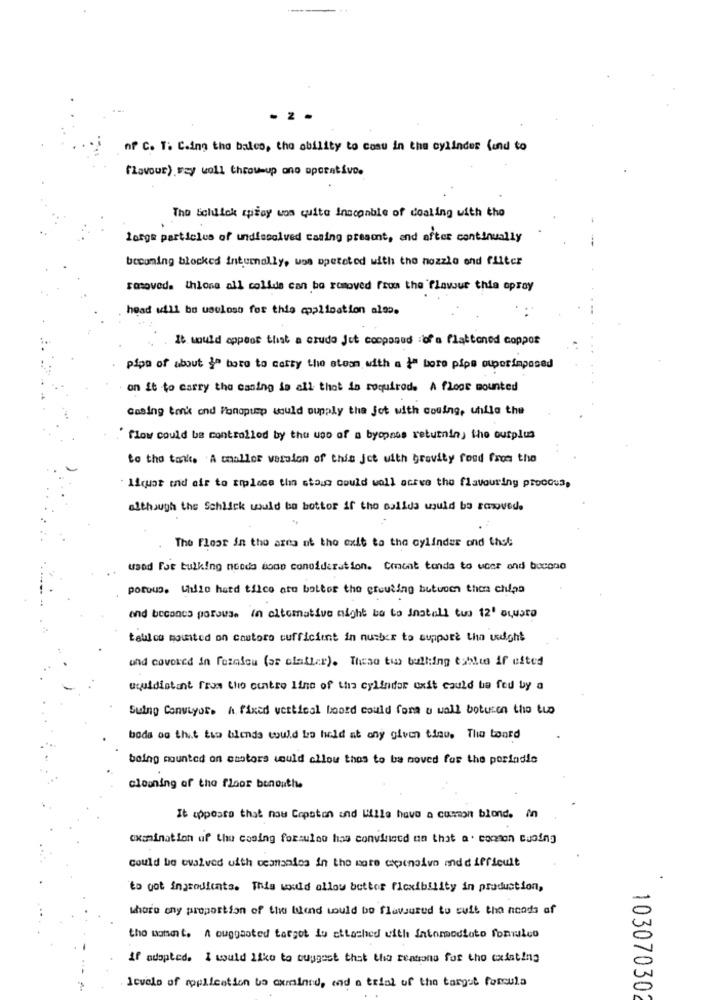
nº C. T. C.ing the bales, the ability to cosu in the cylinder (and to
flavour) ray woll throw-up ono operativo.
The Schick spray was quite Insconble of dealing with the
large particles of undissolved casing present, and after continually
becoming blocked inturally, was opetsted with the nozzle end filter
rosoved. thione all collde can be removed from the flavour thia opray
head will be usuloss for this application also.
It would appear that a crudo Jet coopanud :of a flattened coppor
pipa of about ¿" boro to carty tho ates with a {" bore pipe ouporimposed
on it to carry the easing is all that is required. A floor mounted
casing tenis and Ponopump would supply the jot with cosing, while the
flow could be controlled by the uso of a bypass returniny the outplus
to the taxit. A caller version of this jet with brevity food from the
liquor end ofe to tipless than stoso could woll ative the flavouring procous,
although the Schlick would be better if the calles would be comoved.
The Floor in the area of the exit to the cylinder ond thet
used For bulking noods done consideration. Cmnont tonda to woer and bacono
porous. While hatd tilce ato botter the crouting butueen then chuan
and beconcs porouse in altemative might be to install tus 12' aquaro
tablos mounted on castoro sufficient in nusher to support thn uutohs
und covered in Feinfou (or clatter). These two bulking tables if efter
usuldistant from the contro ling of the cylinder oxit could be fed by a
Suing Conveyor. A. fixed vertical boord could form a wall botusen the tuo
boda og thit tua blends would be held at any given tieu. The tantd
being mounted on castors would allow thas to be moved for the poriadie
cleaning of the floor benouthe
It apposto that now Copston and Lille have a cummon blond. in
examination of the casing forsulno has convinced an that a . conton casing
could be evalved with ccatanies in the more copenoivo and difficult
to got ingredients. This would allow better flexibility in production,
whore ony proportion of the blend would be flavoured to suit the heads af
0
tho bonet. A ouggaoted target du attached with intomedioto formuleo
if adopted. I would like to suggest that the reasons for tho existing
Icvelo of replication bo oxminnd, end a trial of the target foncula
0
103070302